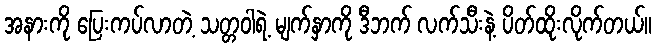
အနားကို ပြေးကပ်လာတဲ့ သတ္တဝါရဲ့ မျက်နှာကို ဒီဘက် လက်သီးနဲ့ ပိတ်ထိုးလိုက်တယ်။